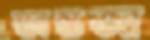
অন্তজা